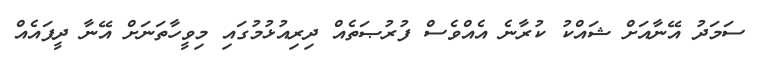
ސަމަދު އޭނާއަށް ޝައްކު ކުރާނެ އެއްވެސް ފުރުޞަތެއް ދިރިއުޅުމުގައި މިވީހާތަނަށް އޭނާ ދީފައެއް